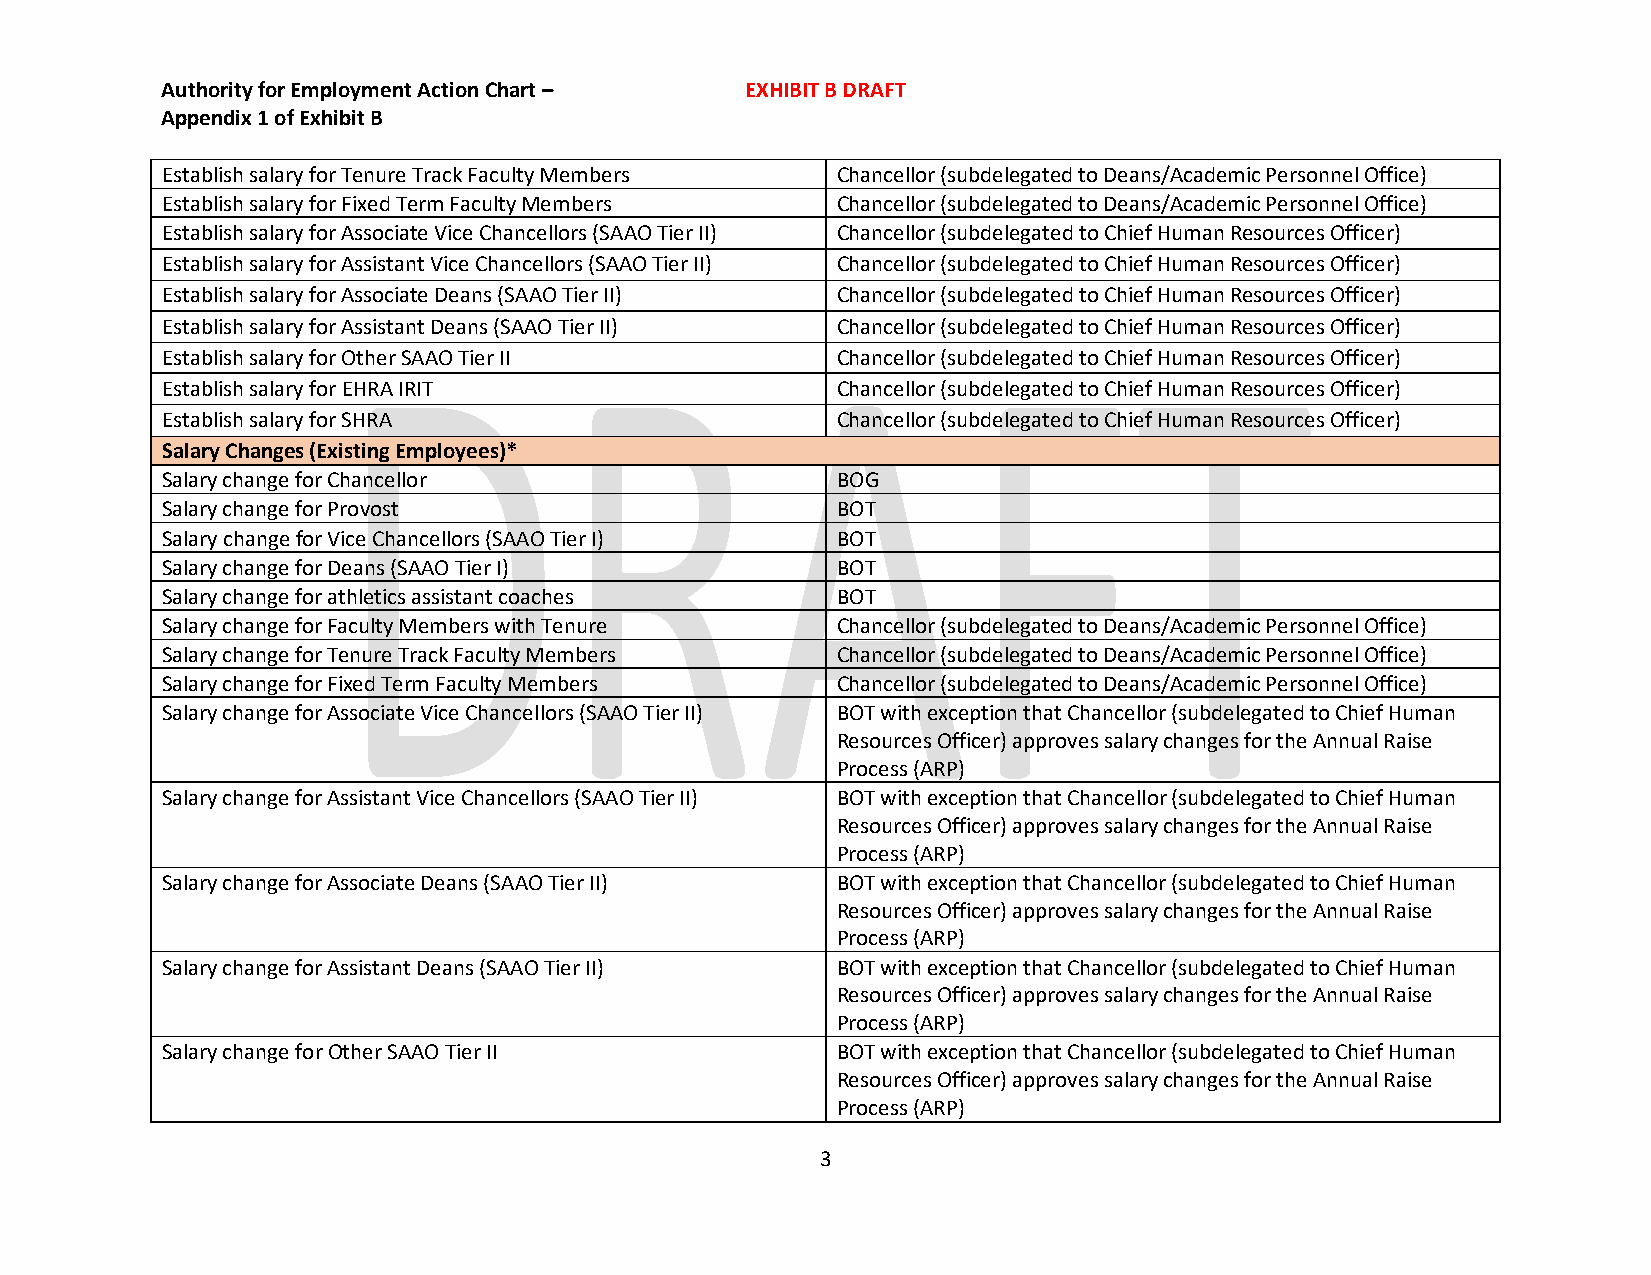
Authority for Employment Action Chart – EXHIBIT B DRAFT
 Appendix 1 of Exhibit B
 Establish salary for Tenure Track Faculty Members Chancellor (subdelegated to Deans/Academic Personnel Office)
 Establish salary for Fixed Term Faculty Members Chancellor (subdelegated to Deans/Academic Personnel Office)
 Establish salary for Associate Vice Chancellors (SAAO Tier II) Chancellor (subdelegated to Chief Human Resources Officer)
 Establish salary for Assistant Vice Chancellors (SAAO Tier II) Chancellor (subdelegated to Chief Human Resources Officer)
 Establish salary for Associate Deans (SAAO Tier II) Chancellor (subdelegated to Chief Human Resources Officer)
 Establish salary for Assistant Deans (SAAO Tier II) Chancellor (subdelegated to Chief Human Resources Officer)
 Establish salary for Other SAAO Tier II     Chancellor (subdelegated to Chief Human Resources Officer)
 Establish salary for EHRA IRIT              Chancellor (subdelegated to Chief Human Resources Officer)
 Establish salary for SHRA                   Chancellor (subdelegated to Chief Human Resources Officer)
 Salary Changes (Existing Employees)*
 Salary change for Chancellor                BOG
 Salary change for Provost                   BOT
 Salary change for Vice Chancellors (SAAO Tier I) BOT
 Salary change for Deans (SAAO Tier I)       BOT
 Salary change for athletics assistant coaches BOT
 Salary change for Faculty Members with Tenure Chancellor (subdelegated to Deans/Academic Personnel Office)
 Salary change for Tenure Track Faculty Members Chancellor (subdelegated to Deans/Academic Personnel Office)
 Salary change for Fixed Term Faculty Members Chancellor (subdelegated to Deans/Academic Personnel Office)
 Salary change for Associate Vice Chancellors (SAAO Tier II) BOT with exception that Chancellor (subdelegated to Chief Human
 Resources Officer) approves salary changes for the Annual Raise
 Process (ARP)
 Salary change for Assistant Vice Chancellors (SAAO Tier II) BOT with exception that Chancellor (subdelegated to Chief Human
 Resources Officer) approves salary changes for the Annual Raise
 Process (ARP)
 Salary change for Associate Deans (SAAO Tier II) BOT with exception that Chancellor (subdelegated to Chief Human
 Resources Officer) approves salary changes for the Annual Raise
 Process (ARP)
 Salary change for Assistant Deans (SAAO Tier II) BOT with exception that Chancellor (subdelegated to Chief Human
 Resources Officer) approves salary changes for the Annual Raise
 Process (ARP)
 Salary change for Other SAAO Tier II        BOT with exception that Chancellor (subdelegated to Chief Human
 Resources Officer) approves salary changes for the Annual Raise
 Process (ARP)
 3